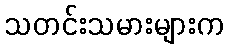
သတင်းသမားများက